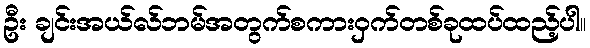
ဦး ချင်းအယ်လ်ဘမ်အတွက်စကားဝှက်တစ်ခုထပ်ထည့်ပါ။